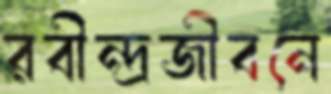
রবীন্দ্রজীবনে